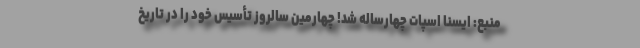
منبع: ایسنا اسپات چهارساله شد! چهارمین سالروز تأسیس خود را در تاریخ